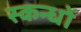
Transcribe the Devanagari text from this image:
स्कन्धों